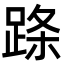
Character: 𬦹